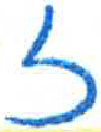
אות: ז